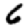
Digit: 6